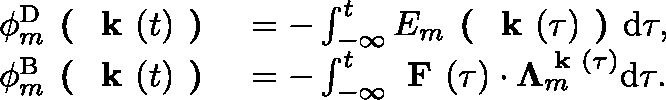
\begin{array} { r l } { \phi _ { m } ^ { \mathrm { D } } \textbf { ( } \textbf { k } ( t ) \textbf { ) } } & { = - \int _ { - \infty } ^ { t } E _ { m } \textbf { ( } \textbf { k } ( \tau ) \textbf { ) } \mathrm { d } \tau , } \\ { \phi _ { m } ^ { \mathrm { B } } \textbf { ( } \textbf { k } ( t ) \textbf { ) } } & { = - \int _ { - \infty } ^ { t } \textbf { F } ( \tau ) \cdot \mathbf { \Lambda } _ { m } ^ { \textbf { k } ( \tau ) } \mathrm { d } \tau . } \end{array}